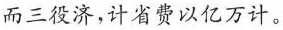
而三役济，计省费以亿万计。